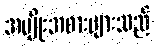
အမျိုးအစားများသည်